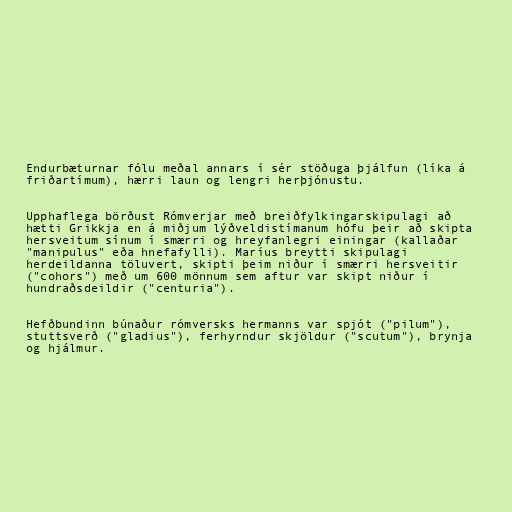
Endurbæturnar fólu meðal annars í sér stöðuga þjálfun (líka á
friðartímum), hærri laun og lengri herþjónustu.

Upphaflega börðust Rómverjar með breiðfylkingarskipulagi að
hætti Grikkja en á miðjum lýðveldistímanum hófu þeir að skipta
hersveitum sínum í smærri og hreyfanlegri einingar (kallaðar
"manipulus" eða hnefafylli). Maríus breytti skipulagi
herdeildanna töluvert, skipti þeim niður í smærri hersveitir
("cohors") með um 600 mönnum sem aftur var skipt niður í
hundraðsdeildir ("centuria").

Hefðbundinn búnaður rómversks hermanns var spjót ("pilum"),
stuttsverð ("gladius"), ferhyrndur skjöldur ("scutum"), brynja
og hjálmur.